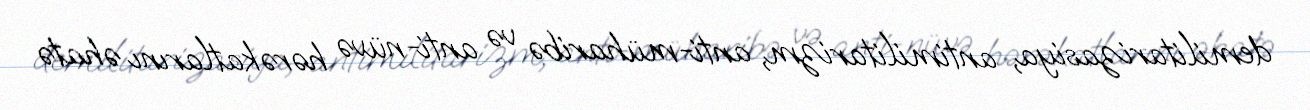
demilitarizasiya, antimilitarizm, anti-müharibə və anti-nüvə hərəkatlarını əhatə